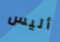
أليس